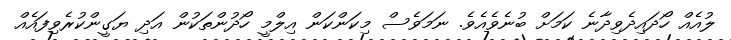
ލުއެއް ހޯދައިދެވިދާނެ ކަމަށް ބުނެވެއެވެ. ނަމަވެސް މިކަންކަން އިލްމީ ހޯދުންތަކުން އަދި ޔަގީންކުރެވިފައެއް